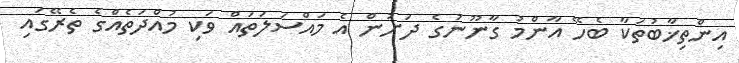
އިންތިޚާބުތަކާ ބެހޭ އާންމު ގާނޫނުގެ ދަށުން އެ މައްސަލަތައް ވަކި މުއްދަތެއްގެ ތެރޭގައި